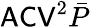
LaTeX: \mathsf{ACV}^{2}\bar{P}